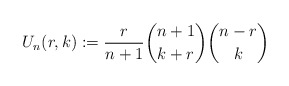
\begin{gather*}U_n(r,k):= {r \over n+1} {n+1 \choose k+r} {n-r \choose k}\end{gather*}